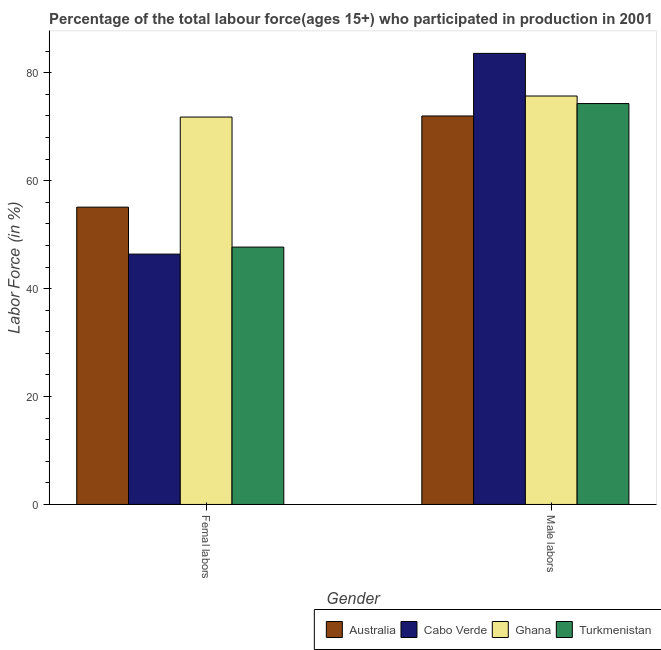
| Gender | Australia | Cabo Verde | Ghana | Turkmenistan |
 | --- | --- | --- | --- | --- |
 | Femal labors | 55.1 | 46.4 | 71.8 | 47.7 |
 | Male labors | 72 | 83.6 | 75.7 | 74.3 |